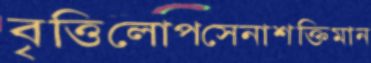
বৃত্তিলোপসেনাশক্তিমান